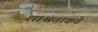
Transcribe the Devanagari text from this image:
शाश्वताकडे